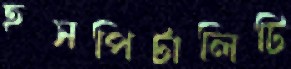
হসপিটালিটি